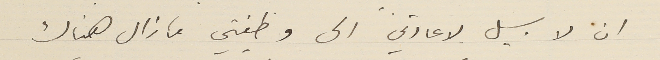
ان لا سبيل لاعادتي الى وظيفتي ما زال هناك